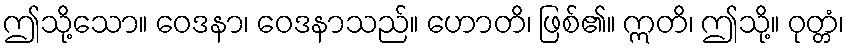
ဤသို့သော။ ဝေဒနာ၊ ဝေဒနာသည်။ ဟောတိ၊ ဖြစ်၏။ ဣတိ၊ ဤသို့။ ဝုတ္တံ၊